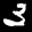
Label: 3